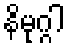
နိမုဂ္ဂါ